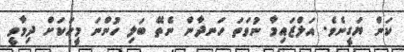
ކަން ޔަގީނެވެ. އަލްޒައިމާ ނުވަތަ ހަނދާން ނެތޭ ބަލި ހުންނަ މީހަކަށް ދިމާވީ